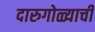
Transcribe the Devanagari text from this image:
दारुगोळ्याची